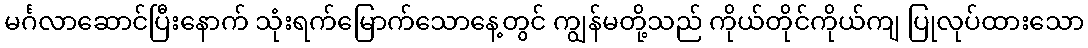
မင်္ဂလာဆောင်ပြီးနောက် သုံးရက်မြောက်သောနေ့တွင် ကျွန်မတို့သည် ကိုယ်တိုင်ကိုယ်ကျ ပြုလုပ်ထားသော